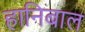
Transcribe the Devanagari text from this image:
हानिबाल